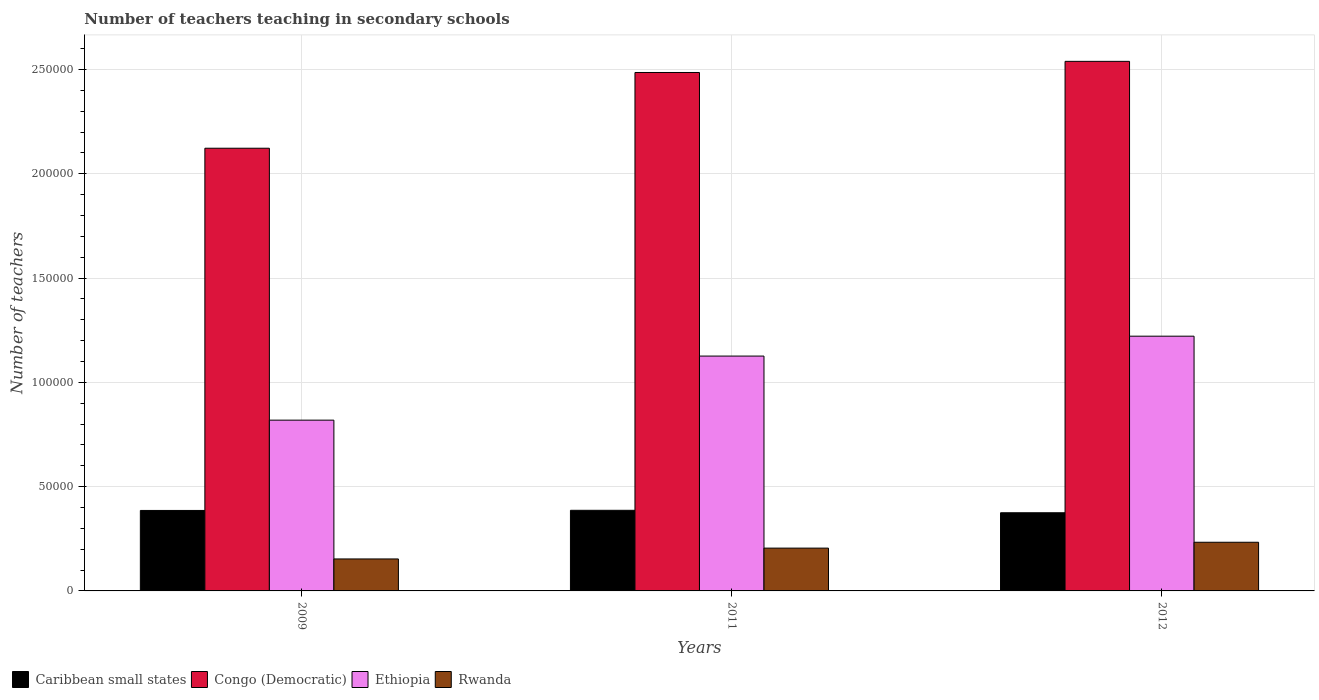
| Years | Caribbean small states | Congo (Democratic) | Ethiopia | Rwanda |
 | --- | --- | --- | --- | --- |
 | 2009 | 3.86e+04 | 2.12e+05 | 8.19e+04 | 1.53e+04 |
 | 2011 | 3.87e+04 | 2.49e+05 | 1.13e+05 | 2.05e+04 |
 | 2012 | 3.75e+04 | 2.54e+05 | 1.22e+05 | 2.33e+04 |